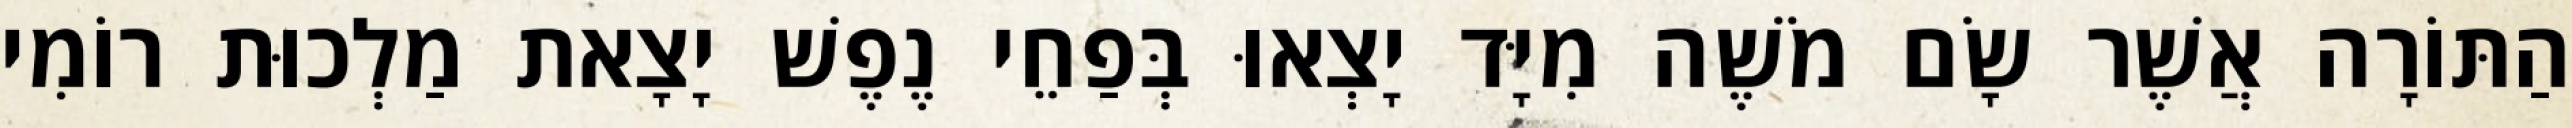
הַתּוֹרָה אֲשֶׁר שָׂם מֹשֶׁה מִיָּד יָצְאוּ בְּפַחֵי נֶפֶשׁ יָצָאת מַלְכוּת רוֹמִי